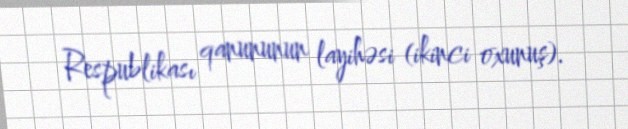
Respublikası qanununun layihəsi (ikinci oxunuş).